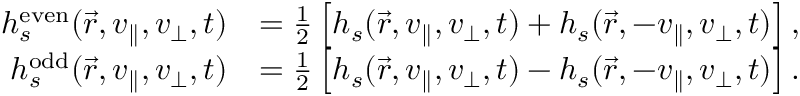
\begin{array} { r l } { h _ { s } ^ { \mathrm { e v e n } } ( \vec { r } , v _ { \parallel } , v _ { \perp } , t ) } & { = \frac { 1 } { 2 } \left[ h _ { s } ( \vec { r } , v _ { \parallel } , v _ { \perp } , t ) + h _ { s } ( \vec { r } , - v _ { \parallel } , v _ { \perp } , t ) \right] , } \\ { h _ { s } ^ { \mathrm { o d d } } ( \vec { r } , v _ { \parallel } , v _ { \perp } , t ) } & { = \frac { 1 } { 2 } \left[ h _ { s } ( \vec { r } , v _ { \parallel } , v _ { \perp } , t ) - h _ { s } ( \vec { r } , - v _ { \parallel } , v _ { \perp } , t ) \right] . } \end{array}